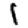
Digit: 1